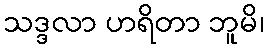
သဒ္ဒလာ ဟရိတာ ဘူမိ၊